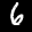
Label: 6